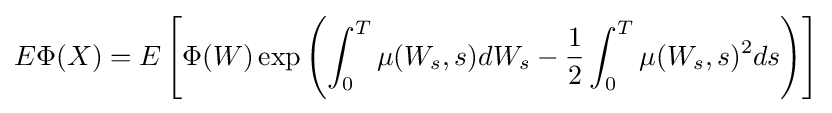
E\Phi (X)=E\left[\Phi (W)\exp \left(\int _{0}^{T}\mu (W_{s},s)dW_{s}-{\frac {1}{2}}\int _{0}^{T}\mu (W_{s},s)^{2}ds\right)\right]